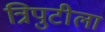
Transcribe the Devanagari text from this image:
त्रिपुटीला